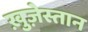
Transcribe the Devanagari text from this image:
ख़ुज़ेस्तान